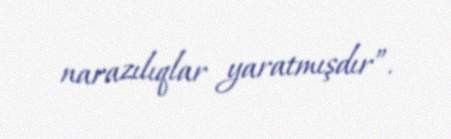
narazılıqlar yaratmışdır”.